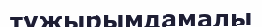
тұжырымдамалы